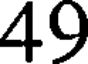
49